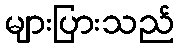
များပြားသည်